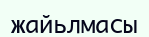
жайьлмасы